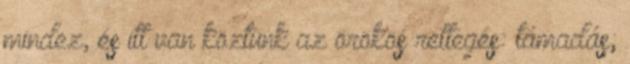
mindez, és itt van köztünk az örökös rettegés: támadás;